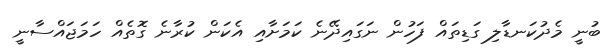
ބުނީ މެދުކަނޑާލި ގަޑިތައް ފަހުން ނަގައިދޭނެ ކަމަށާއި އެކަން ކުރާނެ ގޮތެއް ހަމަޖައްސާނީ